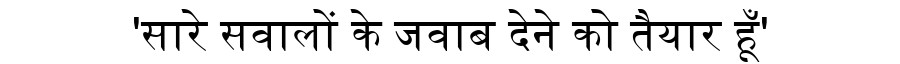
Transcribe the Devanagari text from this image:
'सारे सवालों के जवाब देने को तैयार हूँ'